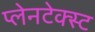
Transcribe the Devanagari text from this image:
प्लेनटेक्स्ट